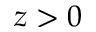
z > 0